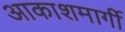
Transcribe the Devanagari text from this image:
आकाशमार्गी